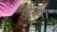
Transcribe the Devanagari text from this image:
अत्या